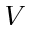
V